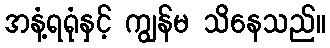
အနံ့ရရုံနှင့် ကျွန်မ သိနေသည်။